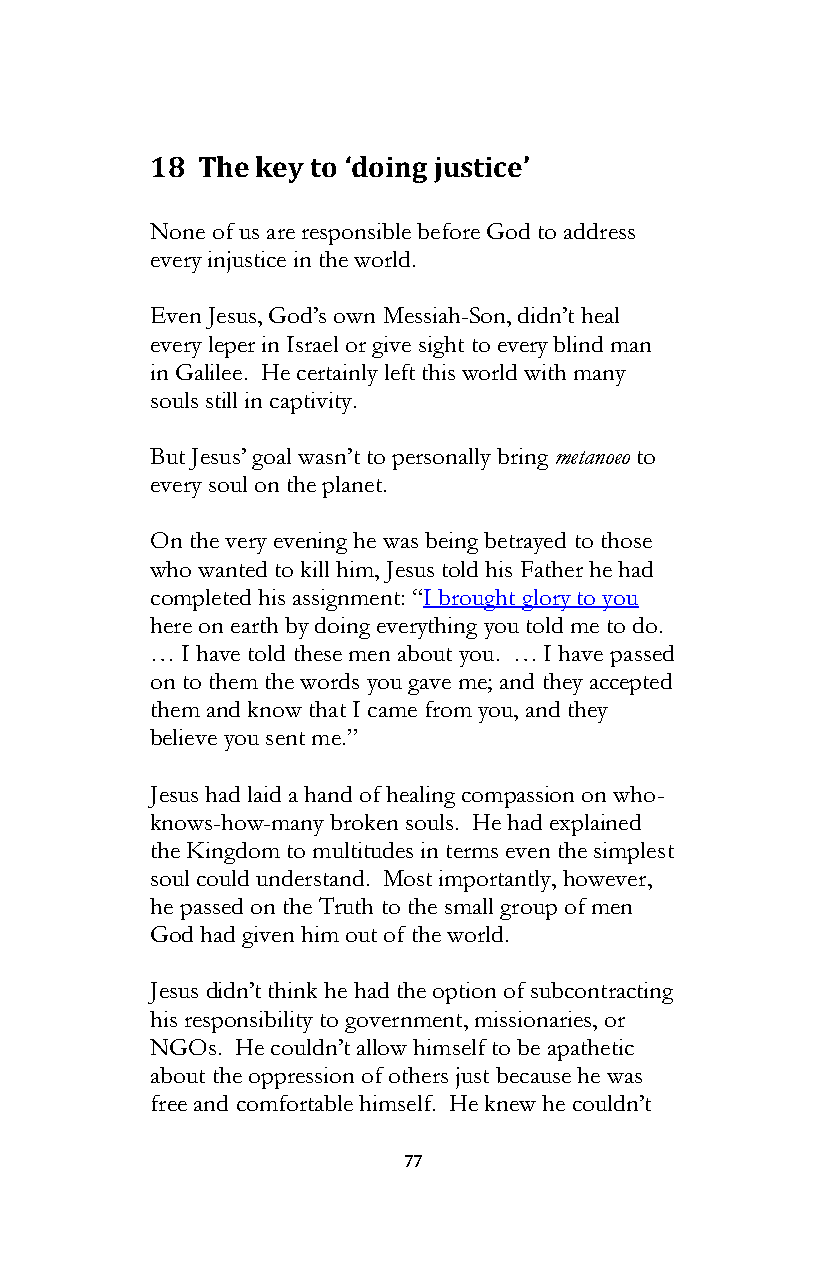
18 The key to ‘doing justice’
 None of us are responsible before God to address
 every injustice in the world.
 Even Jesus, God’s own Messiah-Son, didn’t heal
 every leper in Israel or give sight to every blind man
 in Galilee. He certainly left this world with many
 souls still in captivity.
 But Jesus’ goal wasn’t to personally bring metanoeo to
 every soul on the planet.
 On the very evening he was being betrayed to those
 who wanted to kill him, Jesus told his Father he had
 completed his assignment: “I brought glory to you
 here on earth by doing everything you told me to do.
 … I have told these men about you. … I have passed
 on to them the words you gave me; and they accepted
 them and know that I came from you, and they
 believe you sent me.”
 Jesus had laid a hand of healing compassion on who-
 knows-how-many broken souls. He had explained
 the Kingdom to multitudes in terms even the simplest
 soul could understand. Most importantly, however,
 he passed on the Truth to the small group of men
 God had given him out of the world.
 Jesus didn’t think he had the option of subcontracting
 his responsibility to government, missionaries, or
 NGOs. He couldn’t allow himself to be apathetic
 about the oppression of others just because he was
 free and comfortable himself. He knew he couldn’t
 77